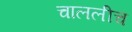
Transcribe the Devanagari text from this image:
चाललीच